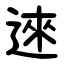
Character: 逨